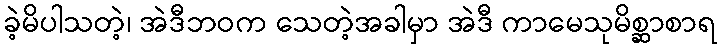
ခဲ့မိပါသတဲ့၊ အဲဒီဘဝက သေတဲ့အခါမှာ အဲဒီ ကာမေသုမိစ္ဆာစာရ